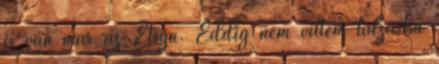
is van már az Etsyn. Eddig nem vittem túlzásba